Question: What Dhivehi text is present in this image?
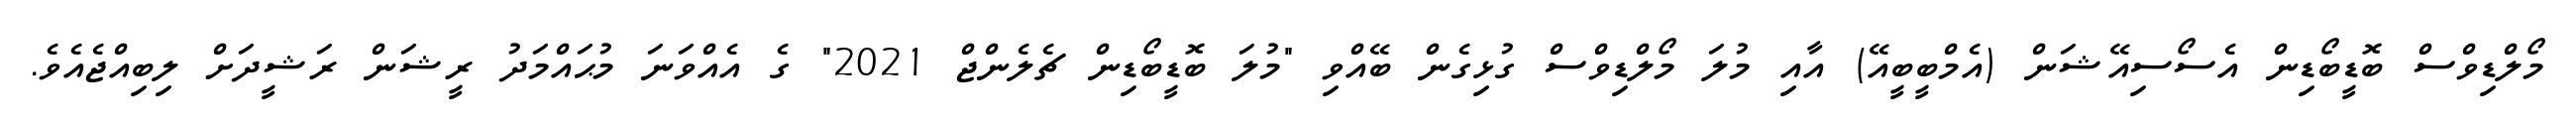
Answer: މޯލްޑިވްސް ބޮޑީބޯޑިން އެސޯސިއޭޝަން (އެމްބީބީއޭ) އާއި މުލަ މޯލްޑިވްސް ގުޅިގެން ބޭއްވި "މުލަ ބޮޑީބޯޑިން ޗެލެންޖް 2021" ގެ އެއްވަނަ މުޙައްމަދު ރީޝަން ރަޝީދަށް ލިބިއްޖެއެވެ.